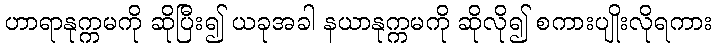
ဟာရာနုက္ကမကို ဆိုပြီး၍ ယခုအခါ နယာနုက္ကမကို ဆိုလို၍ စကားပျိုးလိုရကား